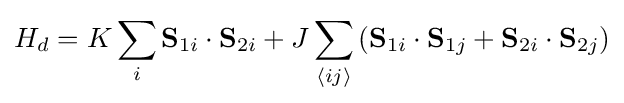
H_{d}=K\sum _{i}\mathbf {S} _{1i}\cdot \mathbf {S} _{2i}+J\sum _{\langle ij\rangle }\left(\mathbf {S} _{1i}\cdot \mathbf {S} _{1j}+\mathbf {S} _{2i}\cdot \mathbf {S} _{2j}\right)